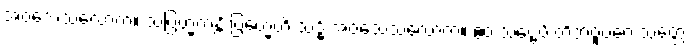
အဝသေသလောကံ။ သဗြဟ္မကန္တိ ဗြဟ္မေဟိ သဒ္ဓိံ အဝသေသလောကံ။ ဧဝံ သဗ္ဗေပိ တိဘဝူပဂေ သတ္တေ